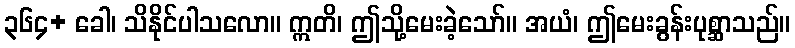
၃၆၄+ ခေါ၊ သိနိုင်ပါသလော။ ဣတိ၊ ဤသို့မေးခဲ့သော်။ အယံ၊ ဤမေးခွန်းပုစ္ဆာသည်။